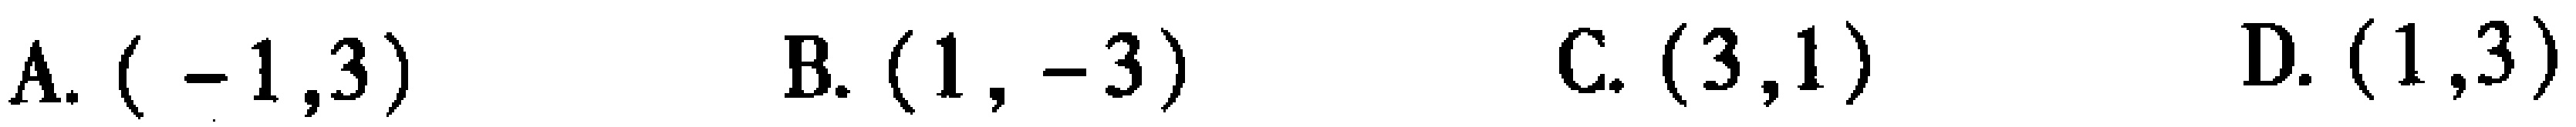
A. $(-1,3)$  B. $(1,-3)$  C. $(3,1)$  D. $(1,3)$